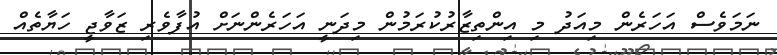
ނަމަވެސް އަހަރެން މިއަދު މި އިންތިޒާރުކުރަމުން މިދަނީ އަހަރެންނަށް އުފާވެރި ޒަވާޖީ ހަޔާތެއް